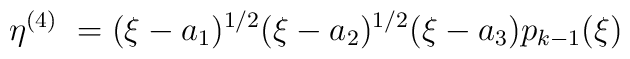
\eta^{(4)} \ = (\xi - a_1)^{1/2} (\xi - a_2)^{1/2} (\xi - a_3) p_{k-1}(\xi)